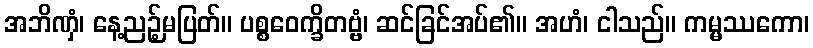
အဘိဏှံ၊ နေ့ညဉ့်မပြတ်။ ပစ္စဝေက္ခိတဗ္ဗံ၊ ဆင်ခြင်အပ်၏။ အဟံ၊ ငါသည်။ ကမ္မဿကော၊